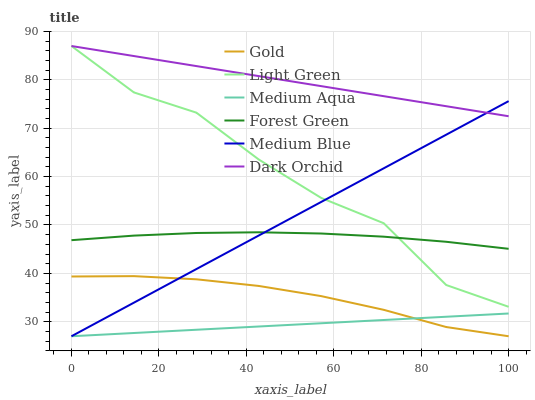
| xaxis_label | Gold | Light Green | Medium Aqua | Forest Green | Medium Blue | Dark Orchid |
 | --- | --- | --- | --- | --- | --- | --- |
 | 0 | 39.4 | 87 | 27 | 46.9 | 27 | 87 |
 | 14.3 | 39.4 | 77.4 | 27.7 | 47.8 | 33.9 | 84.9 |
 | 28.6 | 38.8 | 73.2 | 28.3 | 48.3 | 40.9 | 82.9 |
 | 42.9 | 37.4 | 63.5 | 29 | 48.5 | 47.8 | 80.8 |
 | 57.1 | 35.3 | 55.6 | 29.7 | 48.2 | 54.8 | 78.7 |
 | 71.4 | 32.5 | 50.4 | 30.4 | 47.6 | 61.7 | 76.6 |
 | 85.7 | 28.9 | 37.6 | 31 | 46.5 | 68.7 | 74.6 |
 | 100 | 27 | 33.1 | 31.7 | 45.1 | 75.6 | 72.5 |